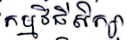
កម្មវិធីសិក្សា